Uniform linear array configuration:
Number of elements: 64
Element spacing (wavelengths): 0.75
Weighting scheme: blackman
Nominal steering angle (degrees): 60
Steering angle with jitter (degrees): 61.297
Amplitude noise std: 0.05
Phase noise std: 0.05

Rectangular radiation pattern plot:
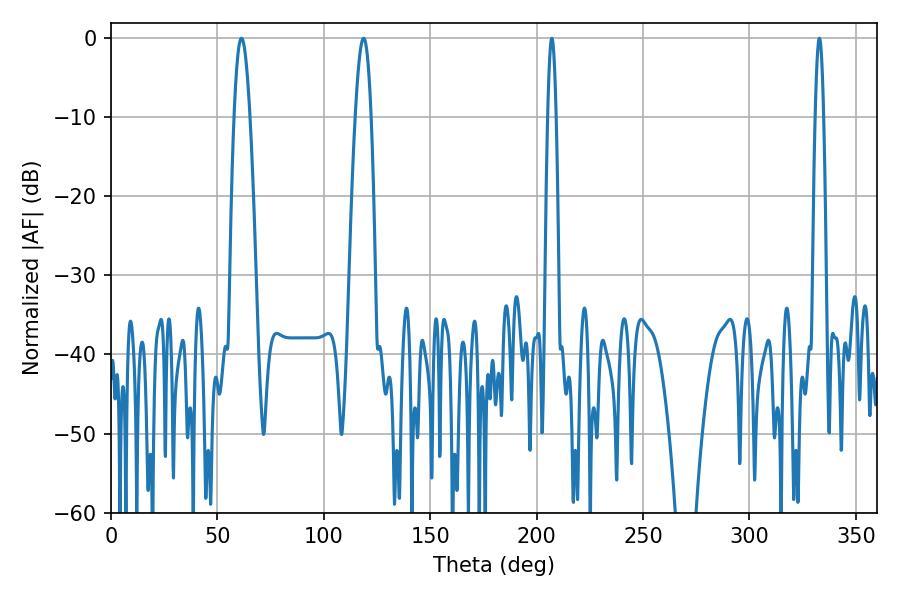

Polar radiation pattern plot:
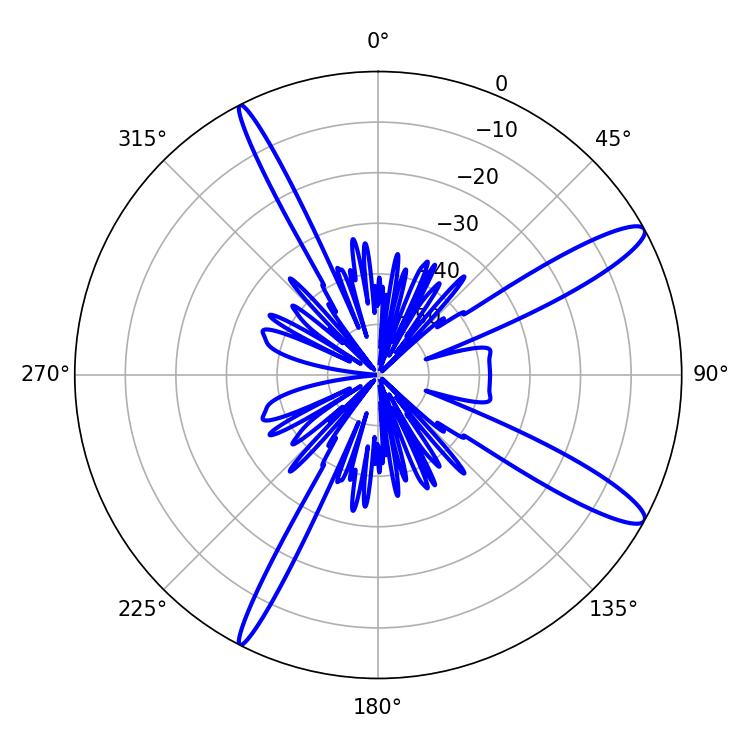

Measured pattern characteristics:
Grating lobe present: TRUE
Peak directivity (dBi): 13.091
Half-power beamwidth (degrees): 3.96
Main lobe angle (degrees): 61.38